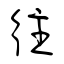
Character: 往